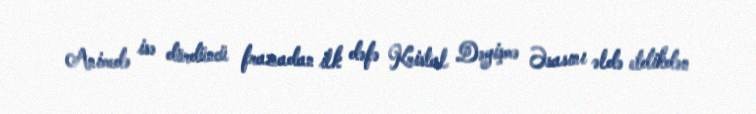
Animedə isə dördüncü frazadan ilk dəfə Kristal Dəyişmə Əsasını əldə etdikdən